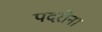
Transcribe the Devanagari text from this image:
पदरौना